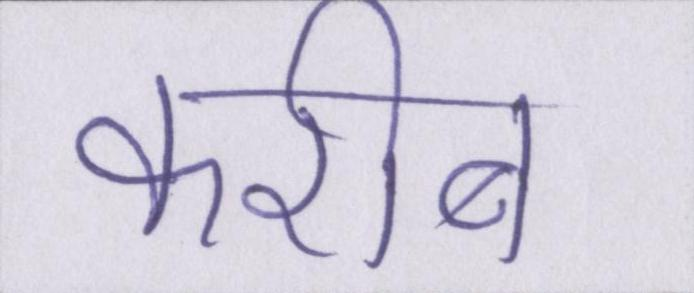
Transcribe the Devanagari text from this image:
करीब